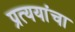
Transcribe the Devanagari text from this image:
प्रत्ययांचा